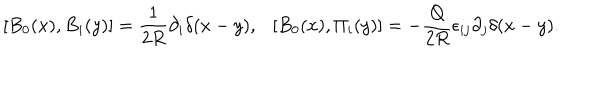
[ B _ { 0 } ( x ) , B _ { i } ( y ) ] = { \frac { 1 } { 2 R } } \partial _ { i } \delta ( x - y ) , [ B _ { 0 } ( x ) , \Pi _ { i } ( y ) ] = - { \frac { Q } { 2 R } } \epsilon _ { i j } \partial _ { j } \delta ( x - y ) .